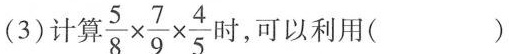
(3)计算$$\frac { 5 } { 8 } \times \frac { 7 } { 9 } \times \frac { 4 } { 5 }$$ 时，可以利用()